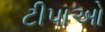
ટીપાઓ